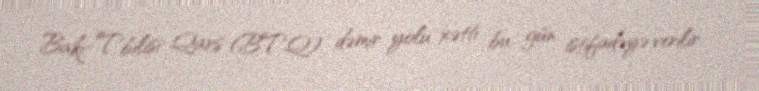
Bakı-Tbilisi-Qars (BTQ) dəmir yolu xətti bu gün istifadəyə verilir.